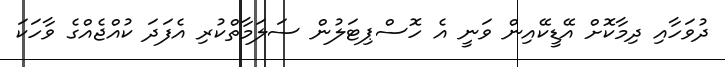
ދުވަހާއި ދިމާކޮށް އޭޑީކޭއިން ވަނީ އެ ހޮސްޕިޓަލުން ސަލަމާތްކުރި އެފަދަ ކުއްޖެއްގެ ވާހަކަ